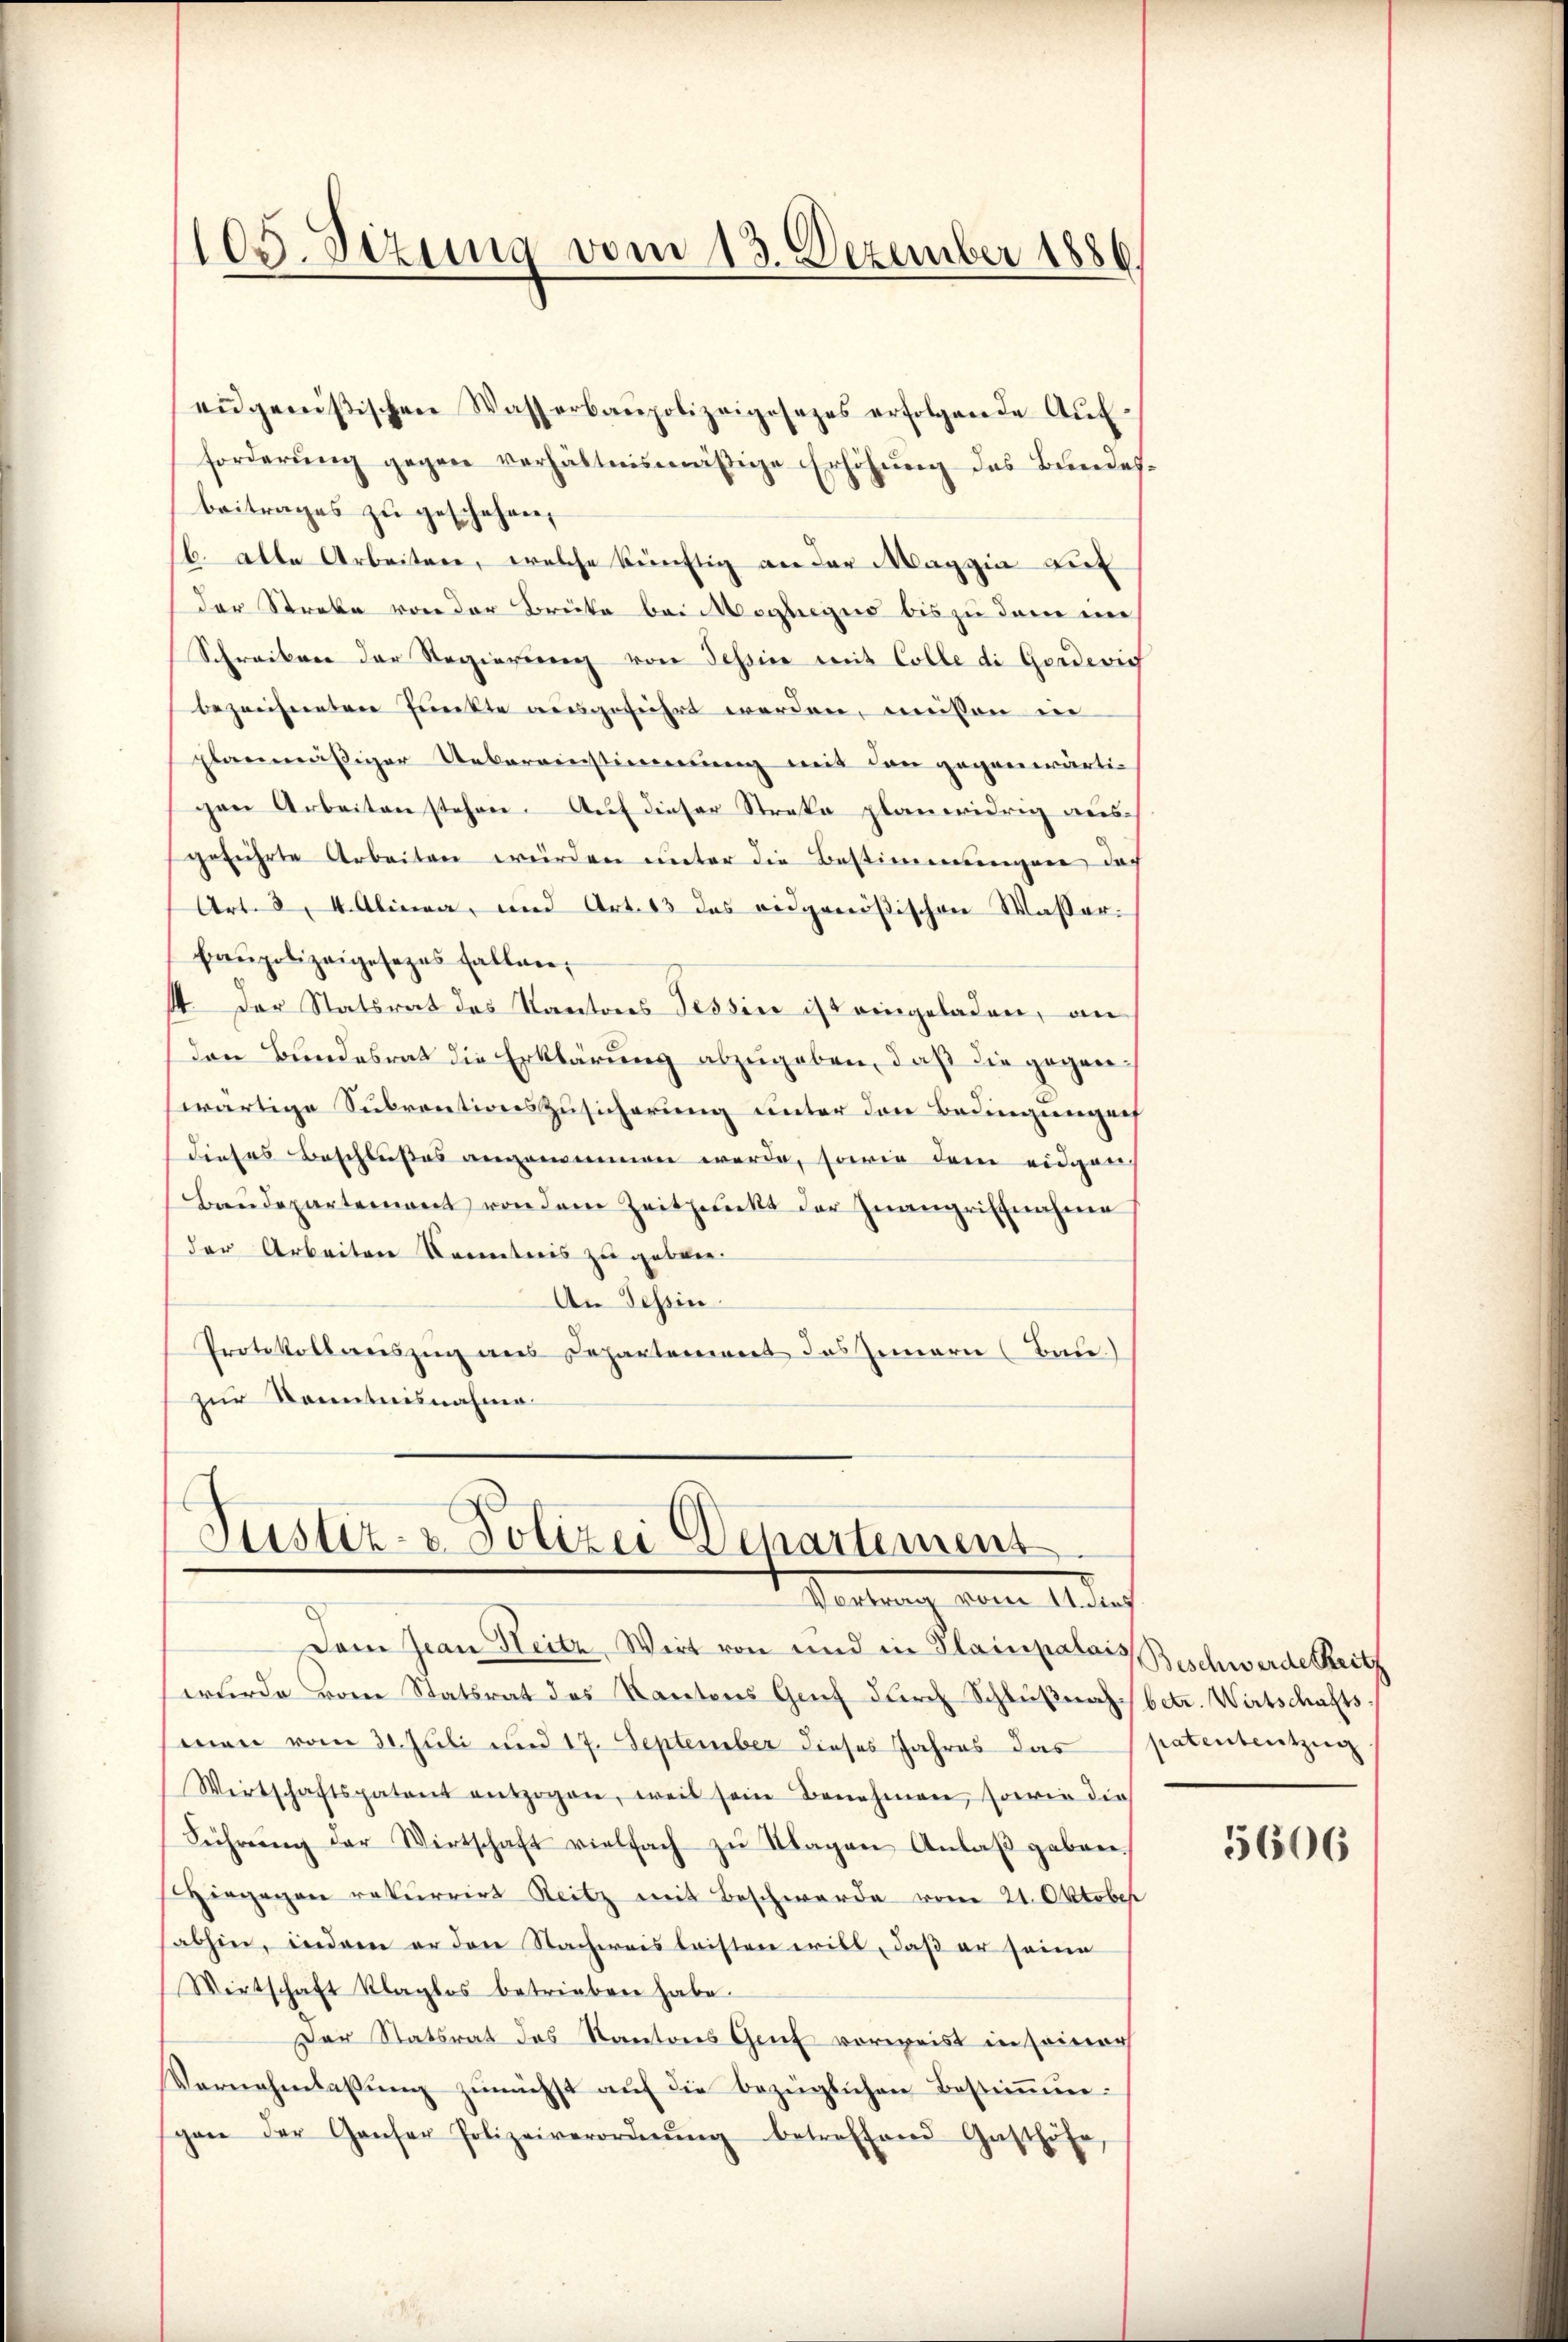
108. Sizung vom 13. Dezember 1886.

eidgenössischen Wasserbaupolizeigesezes erfolgende Auf-
forderŭng gegen verhältnismäßige Erhöhung des Bundesbeitrages zu geschehen,
/6. alle Arbeitere, welche künftig an der Maggia auf
der Streke von der Brücke bei Moghegno bis zu dem eine
Schreiben der Regierŭng von Tessine mit Colle di Gordevis
bezeichneten Punkte ausgeführt werden, müssen in
Elanmäßiger Uebereinstimmung mit den gegenwärtigen Arbeiten stehen. Auf dieser Streka planeridrig aus-
geführte Arbeiten würden unter die Bestimmungen, das
Art. 3, 4. Alinea, und Art. 13 das eidgenößischen Wasser-
baupolizeigesezes fallen,
44. Der Statsrat des Kantons Tessin ist eingeladen, an
den Bundesrat die Erklärung abzugeben, daß die gegenwärtige Subventionszusicherung unter den Bedingungen
dieses Beschlußes angenommen werde, sowie dem eidgen
Baudepartement von dem Zeitpunkt der Inangriffnahme
der Arbeiten Kenntnis zu geben.
An Tessin.
Protokollweiszug aus Departement das Innern (Bau)
zur Kenntnisnahme.

Justiz- & Polizei Departement
Virtung der Auch

Dem Jean Heitz, Weit von und in Plainpalors Beschwerde Seitz
wurde vom Statsrat des Kantons Genf durch Schlŭβnah betr. Wirtschaftsmen vom 31. Juli und 17. September dieses Jahres das patententzug
Wirtschaftspatent entzogen, weil sein Benehmen, sowie die
Führŭng der Wirtschaft vielfach zŭ Klagen Anlaβ gaben.
Hingegen rekurrirt Reitz mit Beschwerde vom 21. Oktober
sabhin, indem er den Nachweis leisten will, daß er seine
Wirtschaft klaglos betrieben habe.
Der Statsrat des Kantons Genf vorweist in seiner
Vernehmlassŭng zunächst auf die bezüglichen Bestimmunspen der Ganser Polizeiverordnŭng betreffend Gasthöfe,

5606